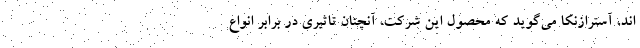
اند، آسترازنکا می‌گوید که محصول این شرکت، آنچنان تاثیری در برابر انواع